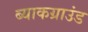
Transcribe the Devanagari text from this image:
ब्याकग्राउंड